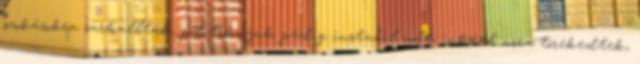
szokásokra sarkallták, politikájuk pedig instabil volt, inkább arra törekedtek,